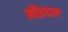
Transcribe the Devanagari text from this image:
ऑइडल